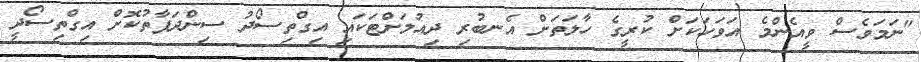
"ނަމަވެސް ވީއެންމެ އަވަހަކަށް ކުރީގެ ހާލަތަށް އެނބުރި ދިއުމަށްޓަކައި އިގްތިސޯދު ސިންދަފާތުކޮށް އިގްތިސޯދީ